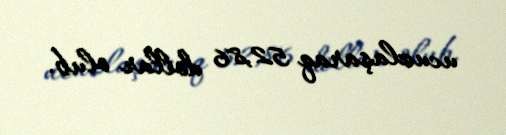
ucuzlaşaraq 52,86 dollar olub.